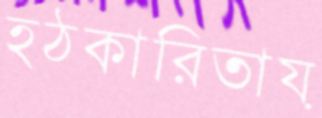
হঠকারিতায়